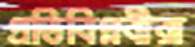
প্রতিবিপ্লবীরা